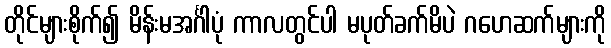
တိုင်များစိုက်၍ မိန်းမအင်္ဂါပုံ ကာလတွင်ပါ မပုတ်ခက်မိပဲ ဂဟေဆက်များကို